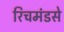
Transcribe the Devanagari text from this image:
रिचमंडसे